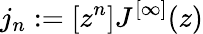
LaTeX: j_{n}:=[z^{n}]J^{[\infty]}(z)